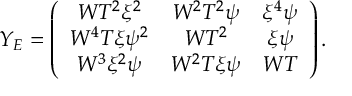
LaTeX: Y _ { E } = \left( \begin{array} { c c c } { { W T ^ { 2 } \xi ^ { 2 } } } & { { W ^ { 2 } T ^ { 2 } \psi } } & { { \xi ^ { 4 } \psi } } \\ { { W ^ { 4 } T \xi \psi ^ { 2 } } } & { { W T ^ { 2 } } } & { { \xi \psi } } \\ { { W ^ { 3 } \xi ^ { 2 } \psi } } & { { W ^ { 2 } T \xi \psi } } & { { W T } } \end{array} \right) .